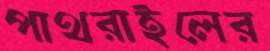
পাথরাইলের